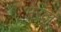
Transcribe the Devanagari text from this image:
भरलं